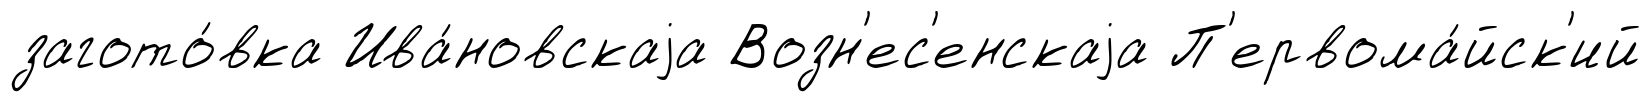
загото́вка Ива́новскаjа Возн'ес'енскаjа П'ервома́йск'ий